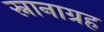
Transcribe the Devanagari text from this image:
स्नानाग्रह